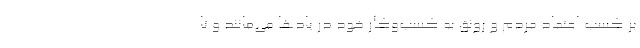
بر کسب اعتماد مردم و رونق به کسب‌وکار خود در یاد‌ها می‌مانند و تا